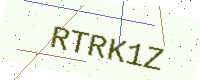
Text: RTRK1Z